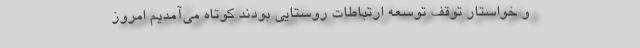
و خواستار توقف توسعه ارتباطات روستایی بودند کوتاه می‌آمدیم امروز